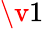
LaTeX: \v{1}